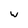
Character: W